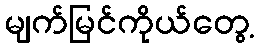
မျက်မြင်ကိုယ်တွေ့